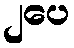
၂ပေ